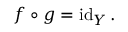
f \circ g = \operatorname { i d } _ { Y } .